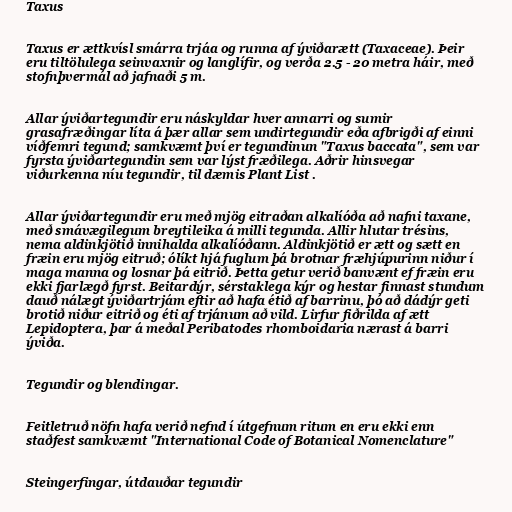
Taxus

Taxus er ættkvísl smárra trjáa og runna af ýviðarætt (Taxaceae). Þeir
eru tiltölulega seinvaxnir og langlífir, og verða 2.5 - 20 metra háir, með
stofnþvermál að jafnaði 5 m.

Allar ýviðartegundir eru náskyldar hver annarri og sumir
grasafræðingar líta á þær allar sem undirtegundir eða afbrigði af einni
víðfemri tegund; samkvæmt því er tegundinun "Taxus baccata", sem var
fyrsta ýviðartegundin sem var lýst fræðilega. Aðrir hinsvegar
viðurkenna níu tegundir, til dæmis Plant List .

Allar ýviðartegundir eru með mjög eitraðan alkalíóða að nafni taxane,
með smávægilegum breytileika á milli tegunda. Allir hlutar trésins,
nema aldinkjötið innihalda alkalíóðann. Aldinkjötið er ætt og sætt en
fræin eru mjög eitruð; ólíkt hjá fuglum þá brotnar fræhjúpurinn niður í
maga manna og losnar þá eitrið. Þetta getur verið banvænt ef fræin eru
ekki fjarlægð fyrst. Beitardýr, sérstaklega kýr og hestar finnast stundum
dauð nálægt ýviðartrjám eftir að hafa étið af barrinu, þó að dádýr geti
brotið niður eitrið og éti af trjánum að vild. Lirfur fiðrilda af ætt
Lepidoptera, þar á meðal Peribatodes rhomboidaria nærast á barri
ýviða.

Tegundir og blendingar.

Feitletruð nöfn hafa verið nefnd í útgefnum ritum en eru ekki enn
staðfest samkvæmt "International Code of Botanical Nomenclature"

Steingerfingar, útdauðar tegundir